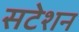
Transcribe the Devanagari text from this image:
सटेशन